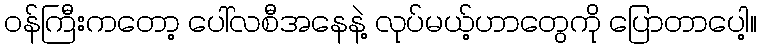
ဝန်ကြီးကတော့ ပေါ်လစီအနေနဲ့ လုပ်မယ့်ဟာတွေကို ပြောတာပေါ့။